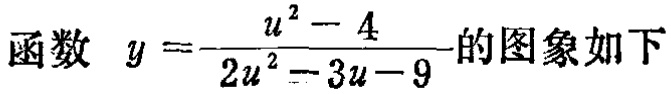
函数 \(y = \frac{u^{2}-4}{2u^{2}-3u - 9}\)的图象如下